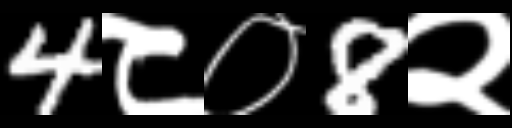
Text: 4८०8२